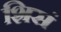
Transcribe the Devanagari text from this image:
शिसं